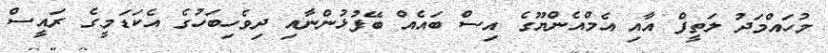
މުހައްމަދު ލަތީފް އާއި އެމްއެންޔޫގެ އިސް ބައެއް ބޭފުޅުންނާއި ދިވެހިބަހުގެ އެކަޑަމީގެ ރައީސް